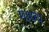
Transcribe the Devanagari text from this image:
माथय